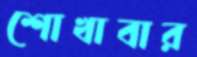
শোখাবার